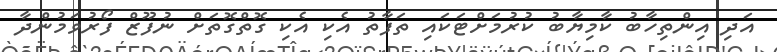
އަދި އިންތިހާބު ކާމިޔާބު ކުރުމަށްޓަކައި ތަފާތު އެކި އެކި ގޮތްގޮތަށް ނުފޫޒް ފޯރުވަމުންދާ